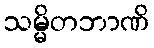
သမ္မိတဘာဏိ